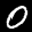
Label: 0